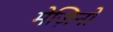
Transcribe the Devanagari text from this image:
मेज़िनो